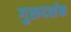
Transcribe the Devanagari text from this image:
गुरूदर्शक